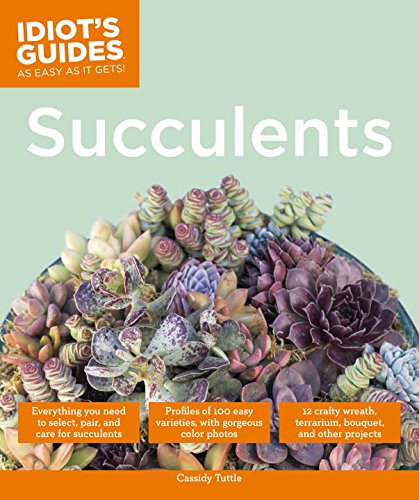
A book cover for Idiot's Guides: Succulents; Cassidy Tuttle; Crafts, Hobbies & Home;